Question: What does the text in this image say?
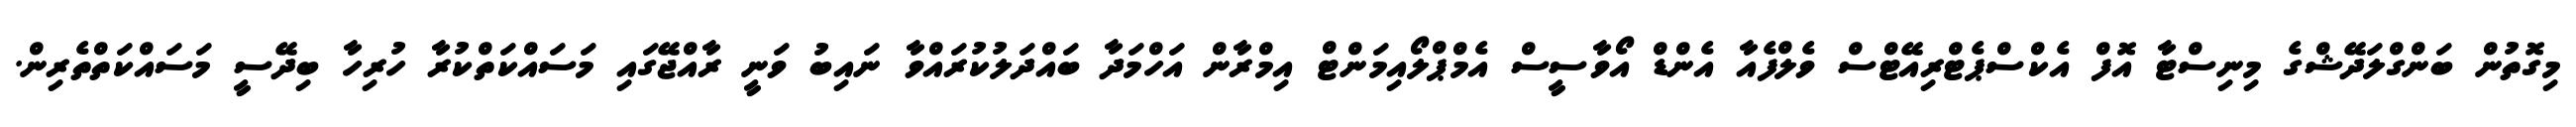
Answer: މިގޮތުން ބަންގްލަދޭޝްގެ މިނިސްޓާ އޮފް އެކްސްޕެޓްރިއޭޓްސް ވެލްފެއާ އެންޑް އޯވާސީސް އެމްޕްލޯއިމަންޓް އިމްރާން އަހްމަދާ ބައްދަލުކުރައްވާ ނައިބު ވަނީ ރާއްޖޭގައި މަސައްކަތްކުރާ ހުރިހާ ބިދޭސީ މަސައްކަތްތެރިން.